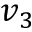
v _ { 3 }